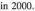
in 2000.